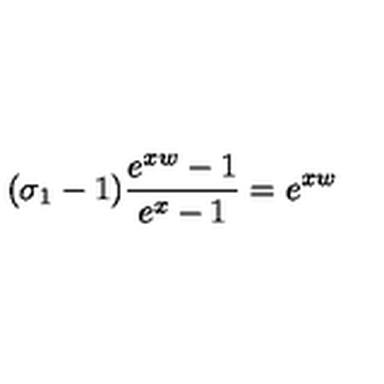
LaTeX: ( \sigma _ { 1 } - 1 ) \frac { e ^ { x w } - 1 } { e ^ { x } - 1 } = e ^ { x w }